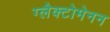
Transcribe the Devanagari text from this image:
ग्लैक्टोमेनन